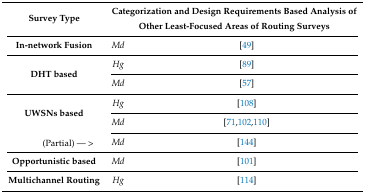
<table><thead><tr><td><b>Survey Type</b></td><td colspan="2"><b>Categorization and Design Requirements Based Analysis of Other Least-Focused Areas of Routing Surveys</b></td></tr></thead><tbody><tr><td><b>In-network Fusion</b></td><td><i>Md</i></td><td>[49]</td></tr><tr><td rowspan="2"><b>DHT based</b></td><td><i>Hg</i></td><td>[89]</td></tr><tr><td><i>Md</i></td><td>[57]</td></tr><tr><td rowspan="2"><b>UWSNs based</b></td><td><i>Hg</i></td><td>[108]</td></tr><tr><td><i>Md</i></td><td>[71,102,110]</td></tr><tr><td>(Partial) — &gt;</td><td><i>Md</i></td><td>[144]</td></tr><tr><td><b>Opportunistic based</b></td><td><i>Md</i></td><td>[101]</td></tr><tr><td><b>Multichannel Routing</b></td><td><i>Hg</i></td><td>[114]</td></tr></tbody></table>